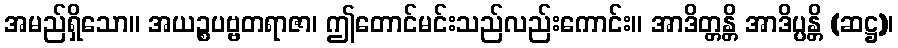
အမည်ရှိသော။ အယဉ္စပဗ္ဗတရာဇာ၊ ဤတောင်မင်းသည်လည်းကောင်း။ အာဒိတ္တန္တိ အာဒိပ္ပန္တိ (ဆဋ္ဌ)၊